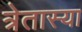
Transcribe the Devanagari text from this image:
त्रेतास्या